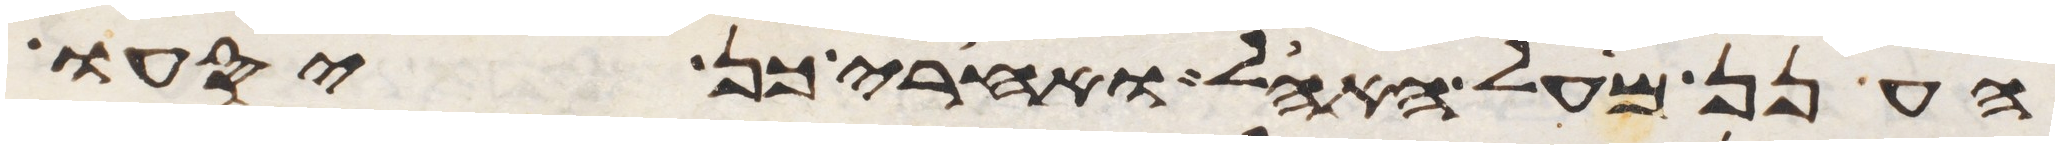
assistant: הענן מעל האהל ואחרי כן יסעו